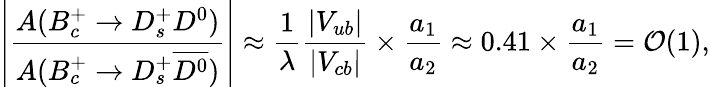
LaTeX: \left|\frac{A(B_{c}^{+}\to D_{s}^{+}D^{0})}{A(B_{c}^{+}\to D_{s}^{+}\overline{{{D^{0}}}})}\right|\approx\frac{1}{\lambda}\frac{|V_{ub}|}{|V_{cb}|}\times\frac{a_{1}}{a_{2}}\approx 0.41\times\frac{a_{1}}{a_{2}}={\cal O}(1),